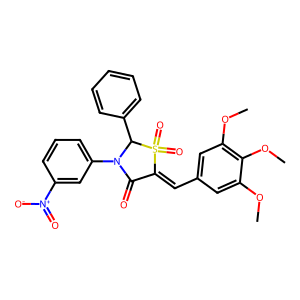
SMILES: COc1cc(C=C2C(=O)N(c3cccc([N+](=O)[O-])c3)C(c3ccccc3)S2(=O)=O)cc(OC)c1OC
Inhibits HIV replication: No